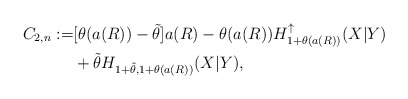
\begin{align*}C_{2,n}:=&[\theta(a(R )) - \tilde{\theta}] a(R ) - \theta(a(R )) H_{1+\theta(a(R ))}^\uparrow(X|Y) \\& + \tilde{\theta} H_{1+\tilde{\theta},1+\theta(a(R ))}(X|Y) ,\end{align*}